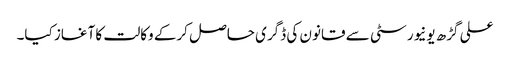
علی گڑھ یونیورسٹی سے قانون کی ڈگری حاصل کرکے وکالت کا آغاز کیا۔